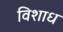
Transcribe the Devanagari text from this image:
विशाध